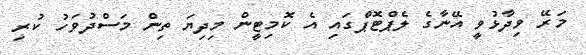
މަރޭ ވިދާޅުވީ އޭނާގެ ލެޕްޓޮޕްގައި އެ ކޮމިޓީން މިދިޔަ ތިން މަސްދުވަހު ކުރި